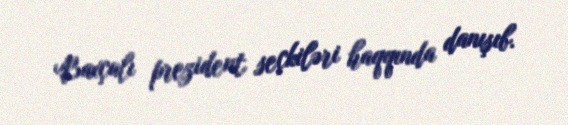
Baxçalı prezident seçkiləri haqqında danışıb.